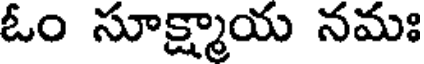
ఓం సూక్ష్మాయ నమః